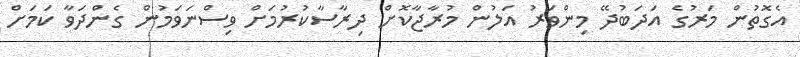
އެގޮތުން މަރުގެ އަދަބުދޭ މިންވަރު އަލުން މުރާޖާކޮށް ދިރާސާކުރުމަށް ވިސްނަވަމުން ގެންދަވާ ކަމަށް